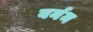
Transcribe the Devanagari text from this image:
बर्नम